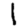
Digit: 1